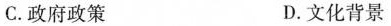
C.政府政策 D.文化背景